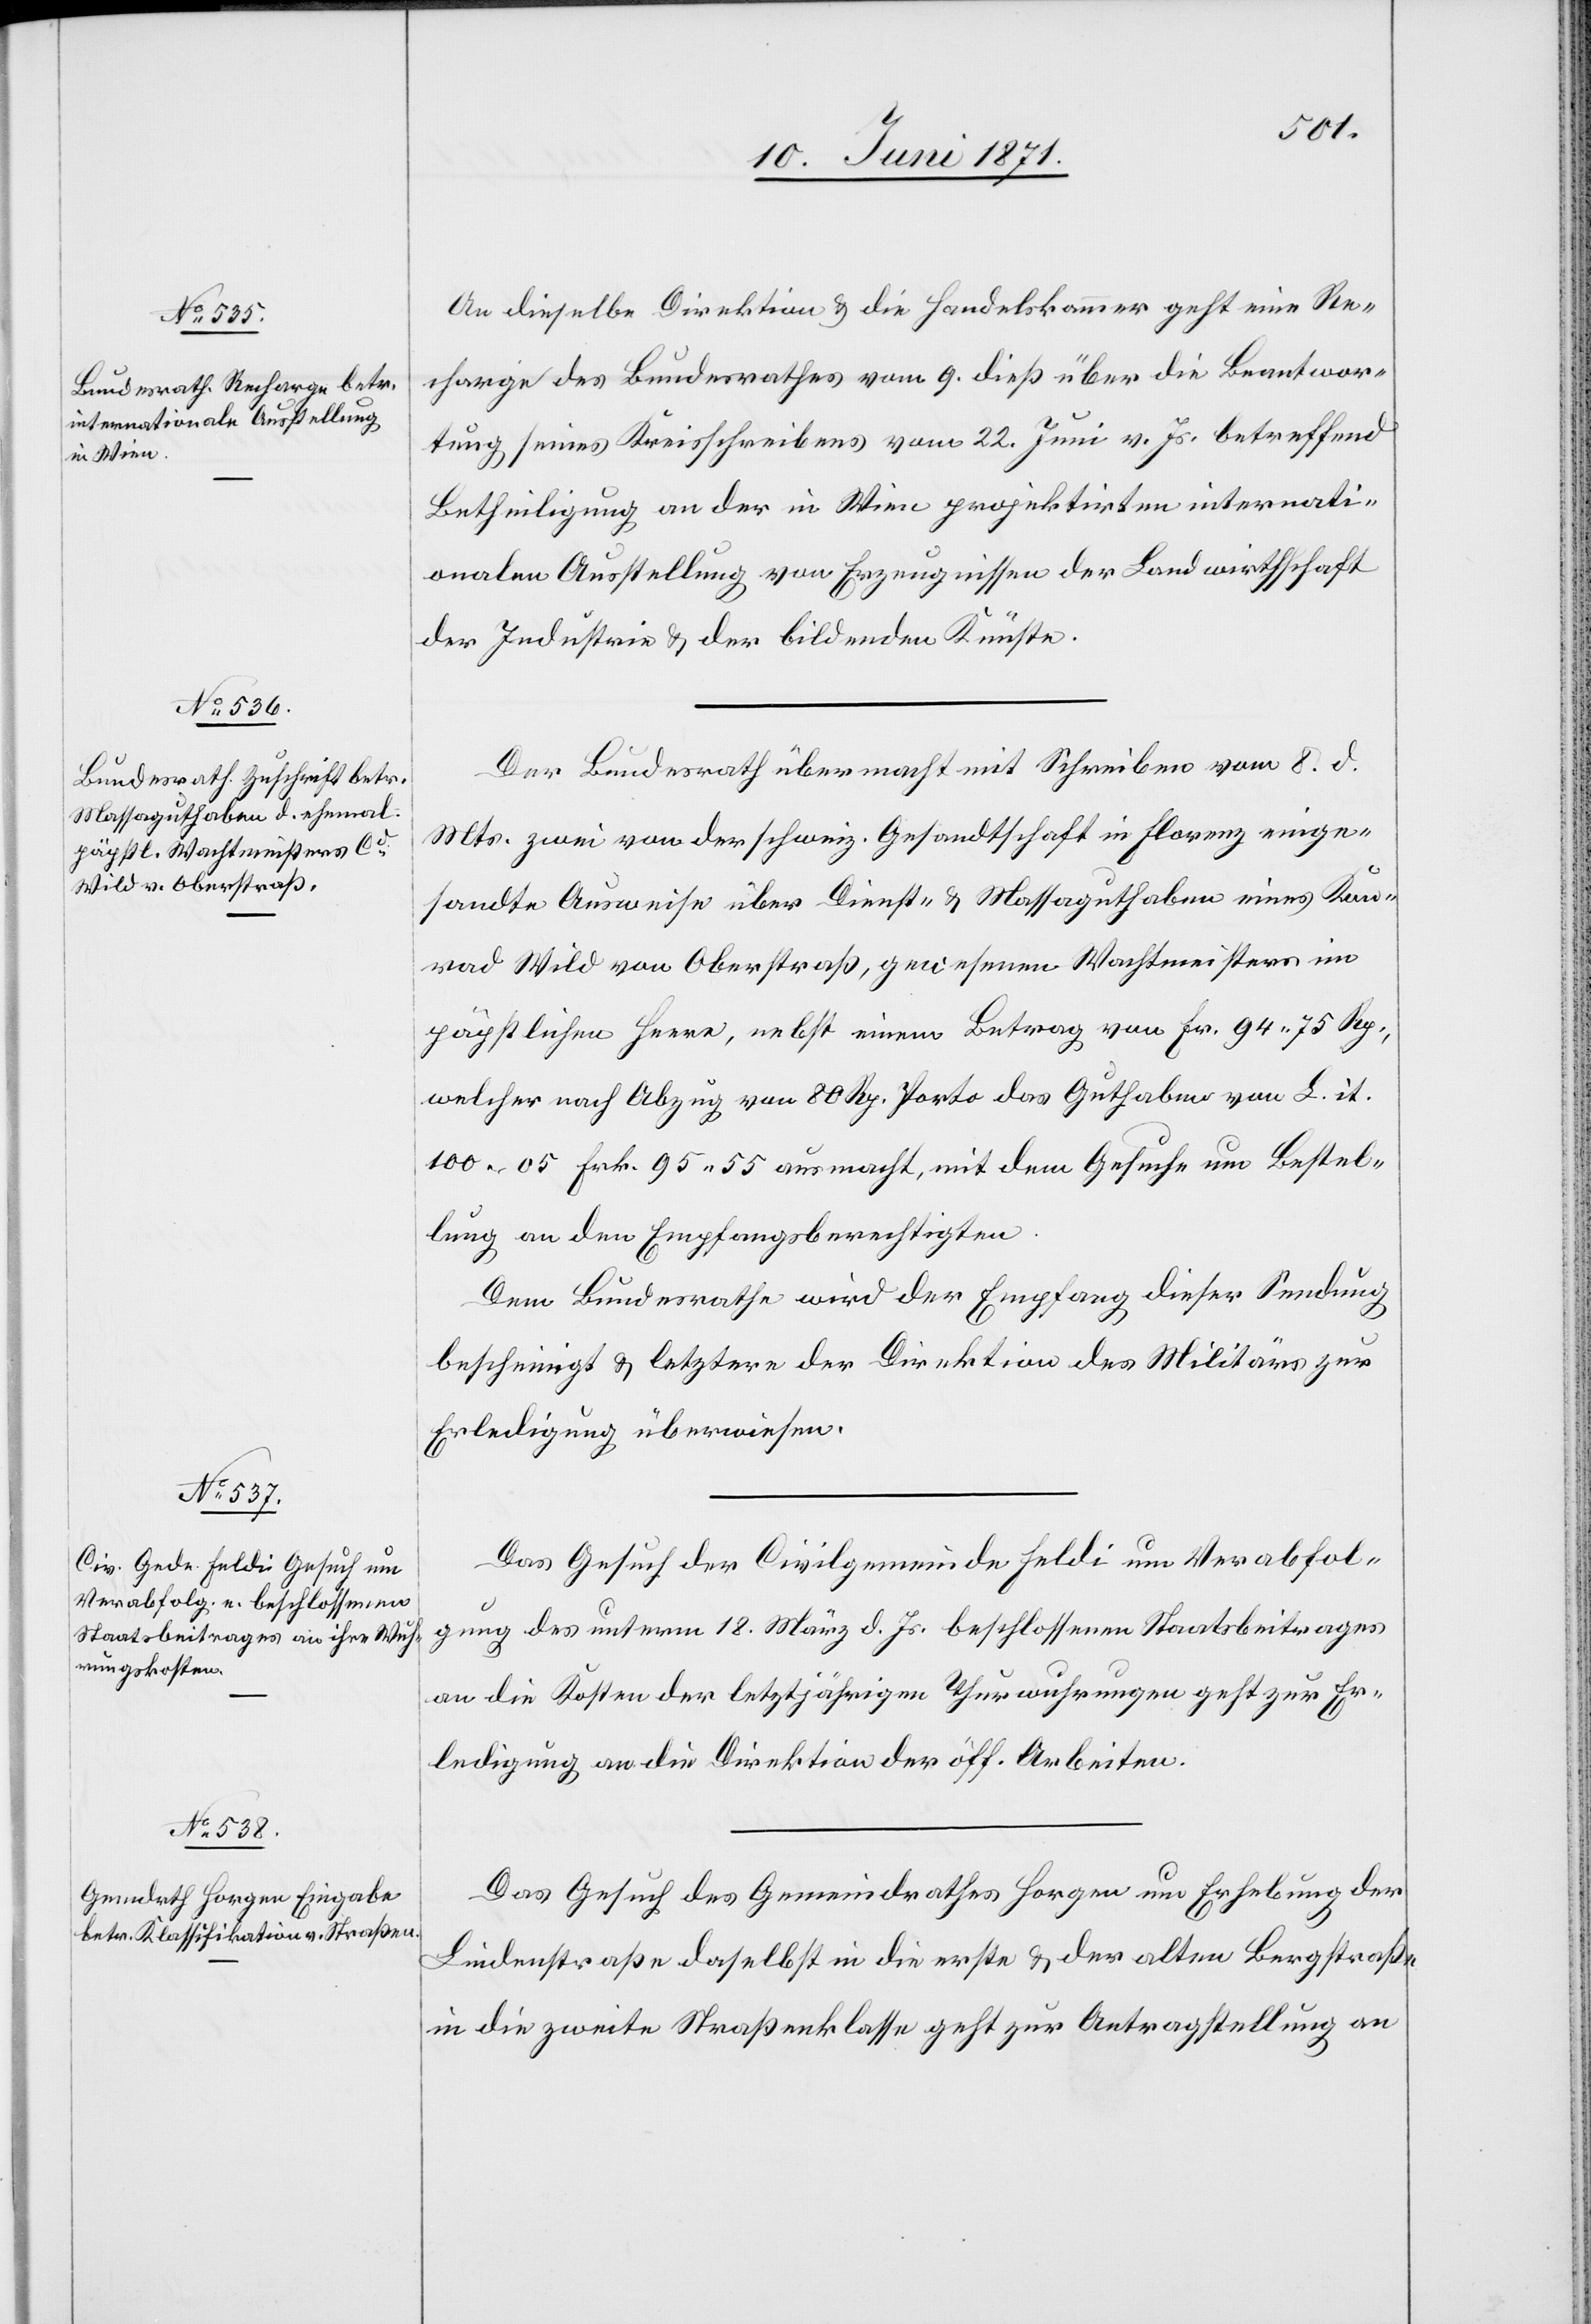
13. Juni 1871.]
An dieselbe Direktion u. die Handelskammer geht eine Re¬
charge des Bundesrathes vom 9. dieß über die Beantwor¬
tung seines Kreisschreibens vom 22. Juni v. Js. betreffend
Betheiligung an der in Wien projektirten internati¬
onalen Ausstellung von Erzeugnissen der Landwirthschaft
der Industrie u. der bildenden Künste.
Der Bundesrath übermacht mit Schreiben vom 8. d.
Mts. zwei von der schweiz. Gesandtschaft in Florenz einge¬
sandte Ausweise über Dienst- u. Massaguthaben eines Kon¬
rad Wild von Oberstraß, gewesenen Wachtmeisters im
päpstlichen Heere, nebst einem Betrag von Fr. 94.75 Rp.,
welcher nach Abzug von 80 Rp. Porto das Guthaben von L. it.
100.05 Frk. 95.55 ausmacht, mit dem Gesuche um Bestel¬
lung an den Empfangsberechtigten.
Dem Bundesrath wird der Empfang dieser Sendung
bescheinigt u. letztere der Direktion des Militärs zur
Erledigung überwiesen.
Das Gesuch der Civilgemeinde Feldi um Verabfol¬
gung des unterm 18. März d. Js. beschlossenen Staatsbeitrages
an die Kosten der letztjährigen Thurwuhrungen geht zur Er¬
ledigung an die Direktion der öff. Arbeiten.
Das Gesuch des Gemeindrathes Horgen um Erhebung der
Lindenstraße daselbst in die erste u. der alten Bergstraße
in die zweite Straßenklasse geht zur Antragstellung an